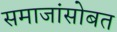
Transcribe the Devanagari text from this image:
समाजांसोबत